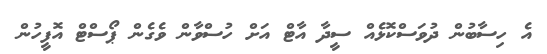
އެ ހިސާބުން ދުވަސްކޮޅެއް ސީދާ އާޓް އަށް ހުސްވާން ވެގެން ޕޯސްޓް އޮފީހުން